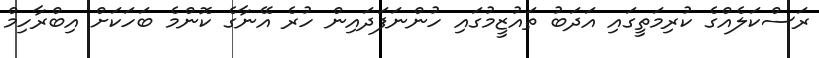
ރަސްކަލެއްގެ ކުރިމަތީގައި އަދަބު ތައުޒީމުގައި ހުންނަފަދައިން ހުރެ އޭނާގެ ކޮންމެ ބަހަކަށް އިބްރާހިމް